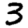
Digit: 3